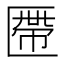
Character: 𠥖